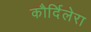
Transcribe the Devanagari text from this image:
कौर्दिलेरा